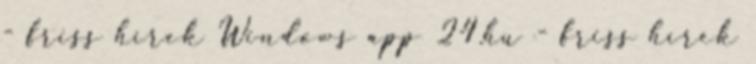
- friss hírek Windows app 24.hu - friss hírek